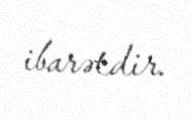
ibarətdir.